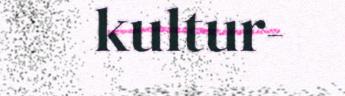
kultur-